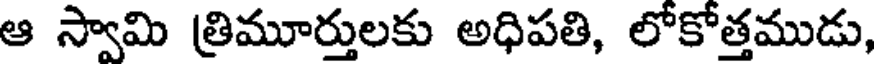
ఆ స్వామి త్రిమూర్తులకు అధిపతి, లోకోత్తముడు,